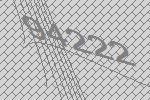
94222